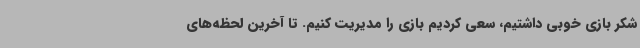
شکر بازی خوبی داشتیم، سعی کردیم بازی را مدیریت کنیم. تا آخرین لحظه‌های